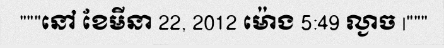
"""នៅ ខែមីនា 22, 2012 ម៉ោង 5:49 ល្ងាច |"""